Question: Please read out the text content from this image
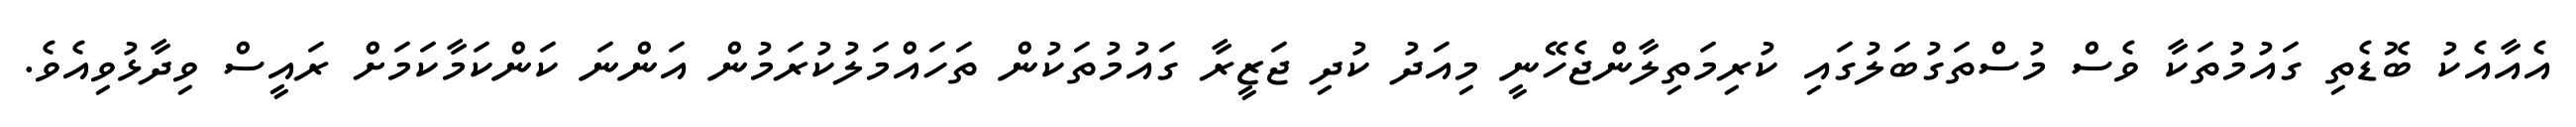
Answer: އެއާއެކު ބޮޑެތި ގައުމުތަކާ ވެސް މުސްތަގުބަލުގައި ކުރިމަތިލާންޖެހޭނީ މިއަދު ކުދި ޖަޒީރާ ގައުމުތަކުން ތަހައްމަލުކުރަމުން އަންނަ ކަންކަމާކަމަށް ރައީސް ވިދާޅުވިއެވެ.